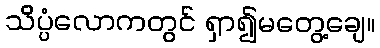
သိပ္ပံလောကတွင် ရှာ၍မတွေ့ချေ။